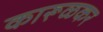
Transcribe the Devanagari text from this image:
कारूळकर